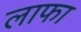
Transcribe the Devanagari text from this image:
लाफा